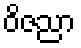
ဝိဇညာ